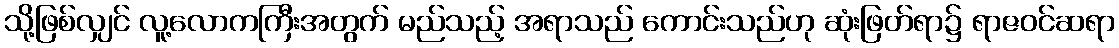
သို့ဖြစ်လျှင် လူ့လောကကြီးအတွက် မည်သည့် အရာသည် ကောင်းသည်ဟု ဆုံးဖြတ်ရာ၌ ရာဇဝင်ဆရာ